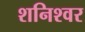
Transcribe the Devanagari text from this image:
शनिश्वर